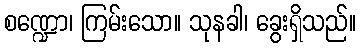
စဏ္ဍော၊ ကြမ်းသော။ သုနခါ၊ ခွေးရှိသည်။